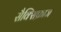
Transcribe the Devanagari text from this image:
सैक्सिफ्राज